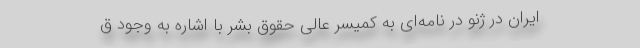
ایران در ژنو در نامه‌ای به کمیسر عالی حقوق بشر با اشاره به وجود ق